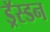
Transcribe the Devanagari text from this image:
ड्रॅस्डन